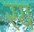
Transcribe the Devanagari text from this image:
रय